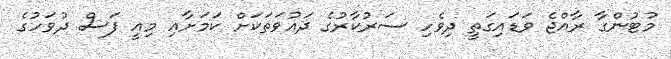
މުޓުންގާ ރާއްޖެ ވަޑައިގަތީ ދިވެހި ސަރުކާރުގެ ދައުވަތަކަށް ކަމަށާއި މިއީ ފަސް ދުވަހުގެ